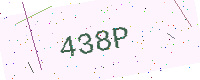
Text: 438P